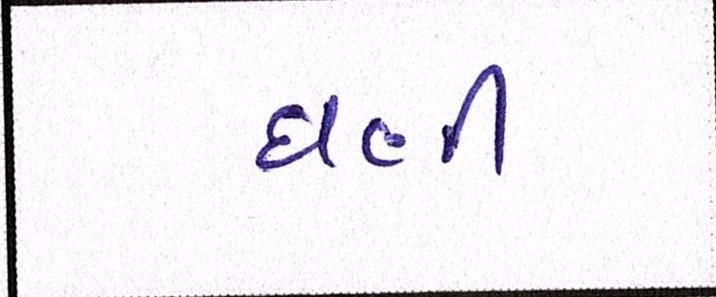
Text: ઘણી